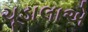
ચૂડાલાએ